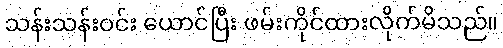
သန်းသန်းဝင်း ယောင်ပြီး ဖမ်းကိုင်ထားလိုက်မိသည်။